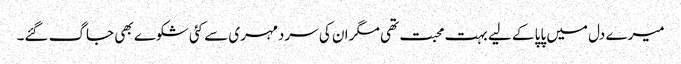
میرے دل میں پاپا کے لیے بہت محبت تھی مگر ان کی سردمہری سے کئی شکوے بھی جاگ گئے۔